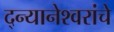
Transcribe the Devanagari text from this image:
द्न्यानेश्वरांचे